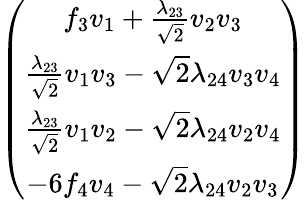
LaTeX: \left(\begin{array}{c}{{f_{3}v_{1}+\frac{\lambda_{23}}{\sqrt{2}}v_{2}v_{3}}}\\ {{\frac{\lambda_{23}}{\sqrt{2}}v_{1}v_{3}-\sqrt{2}\lambda_{24}v_{3}v_{4}}}\\ {{\frac{\lambda_{23}}{\sqrt{2}}v_{1}v_{2}-\sqrt{2}\lambda_{24}v_{2}v_{4}}}\\ {{-6f_{4}v_{4}-\sqrt{2}\lambda_{24}v_{2}v_{3}}}\end{array}\right)